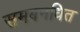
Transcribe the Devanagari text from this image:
समबनधित